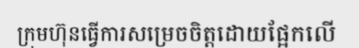
ក្រុមហ៊ុនធ្វើការសម្រេចចិត្តដោយផ្អែកលើ